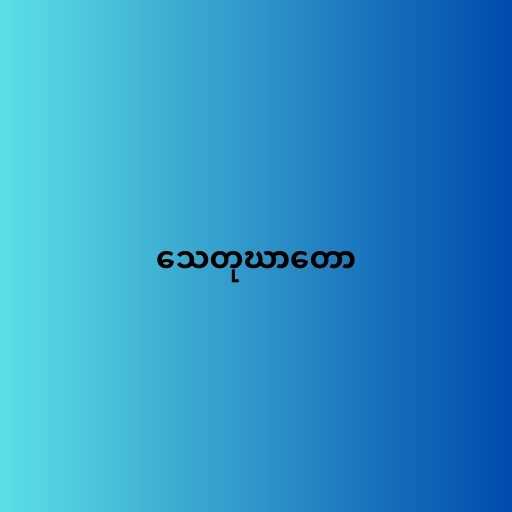
သေတုဃာတော